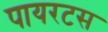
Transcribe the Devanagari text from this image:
पायरटस